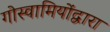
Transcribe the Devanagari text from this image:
गोस्वामियोंद्वारा